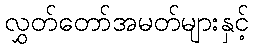
လွှတ်တော်အမတ်များနှင့်